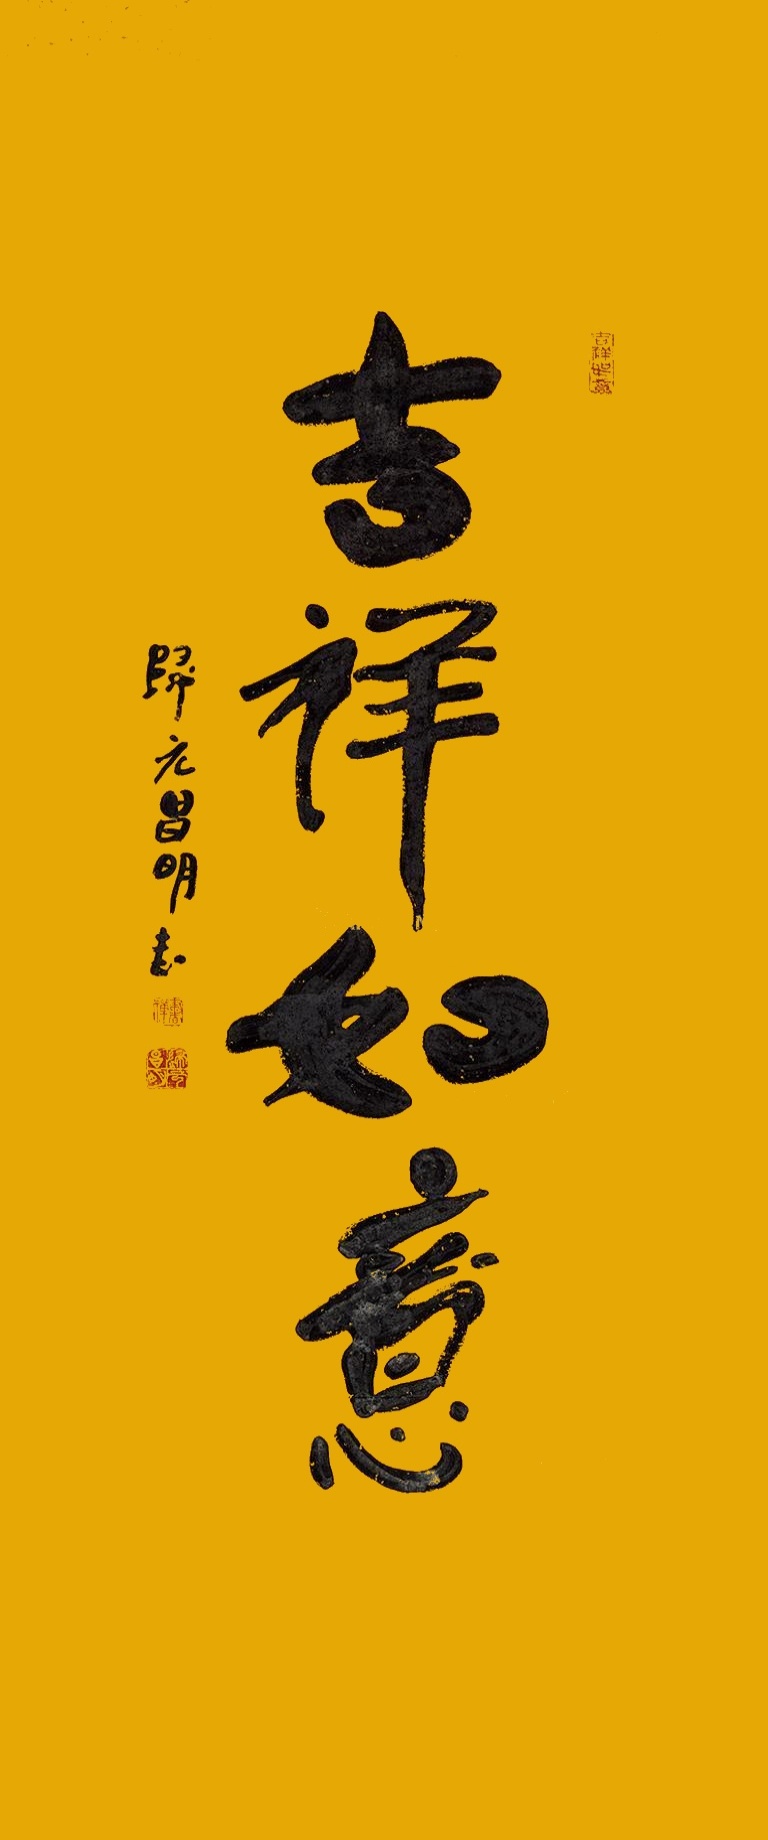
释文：吉祥如意。归元昌明书。